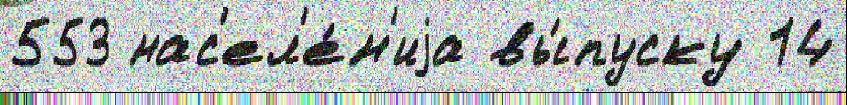
553 нас'ел'е́н'иjа вы́пуску 14